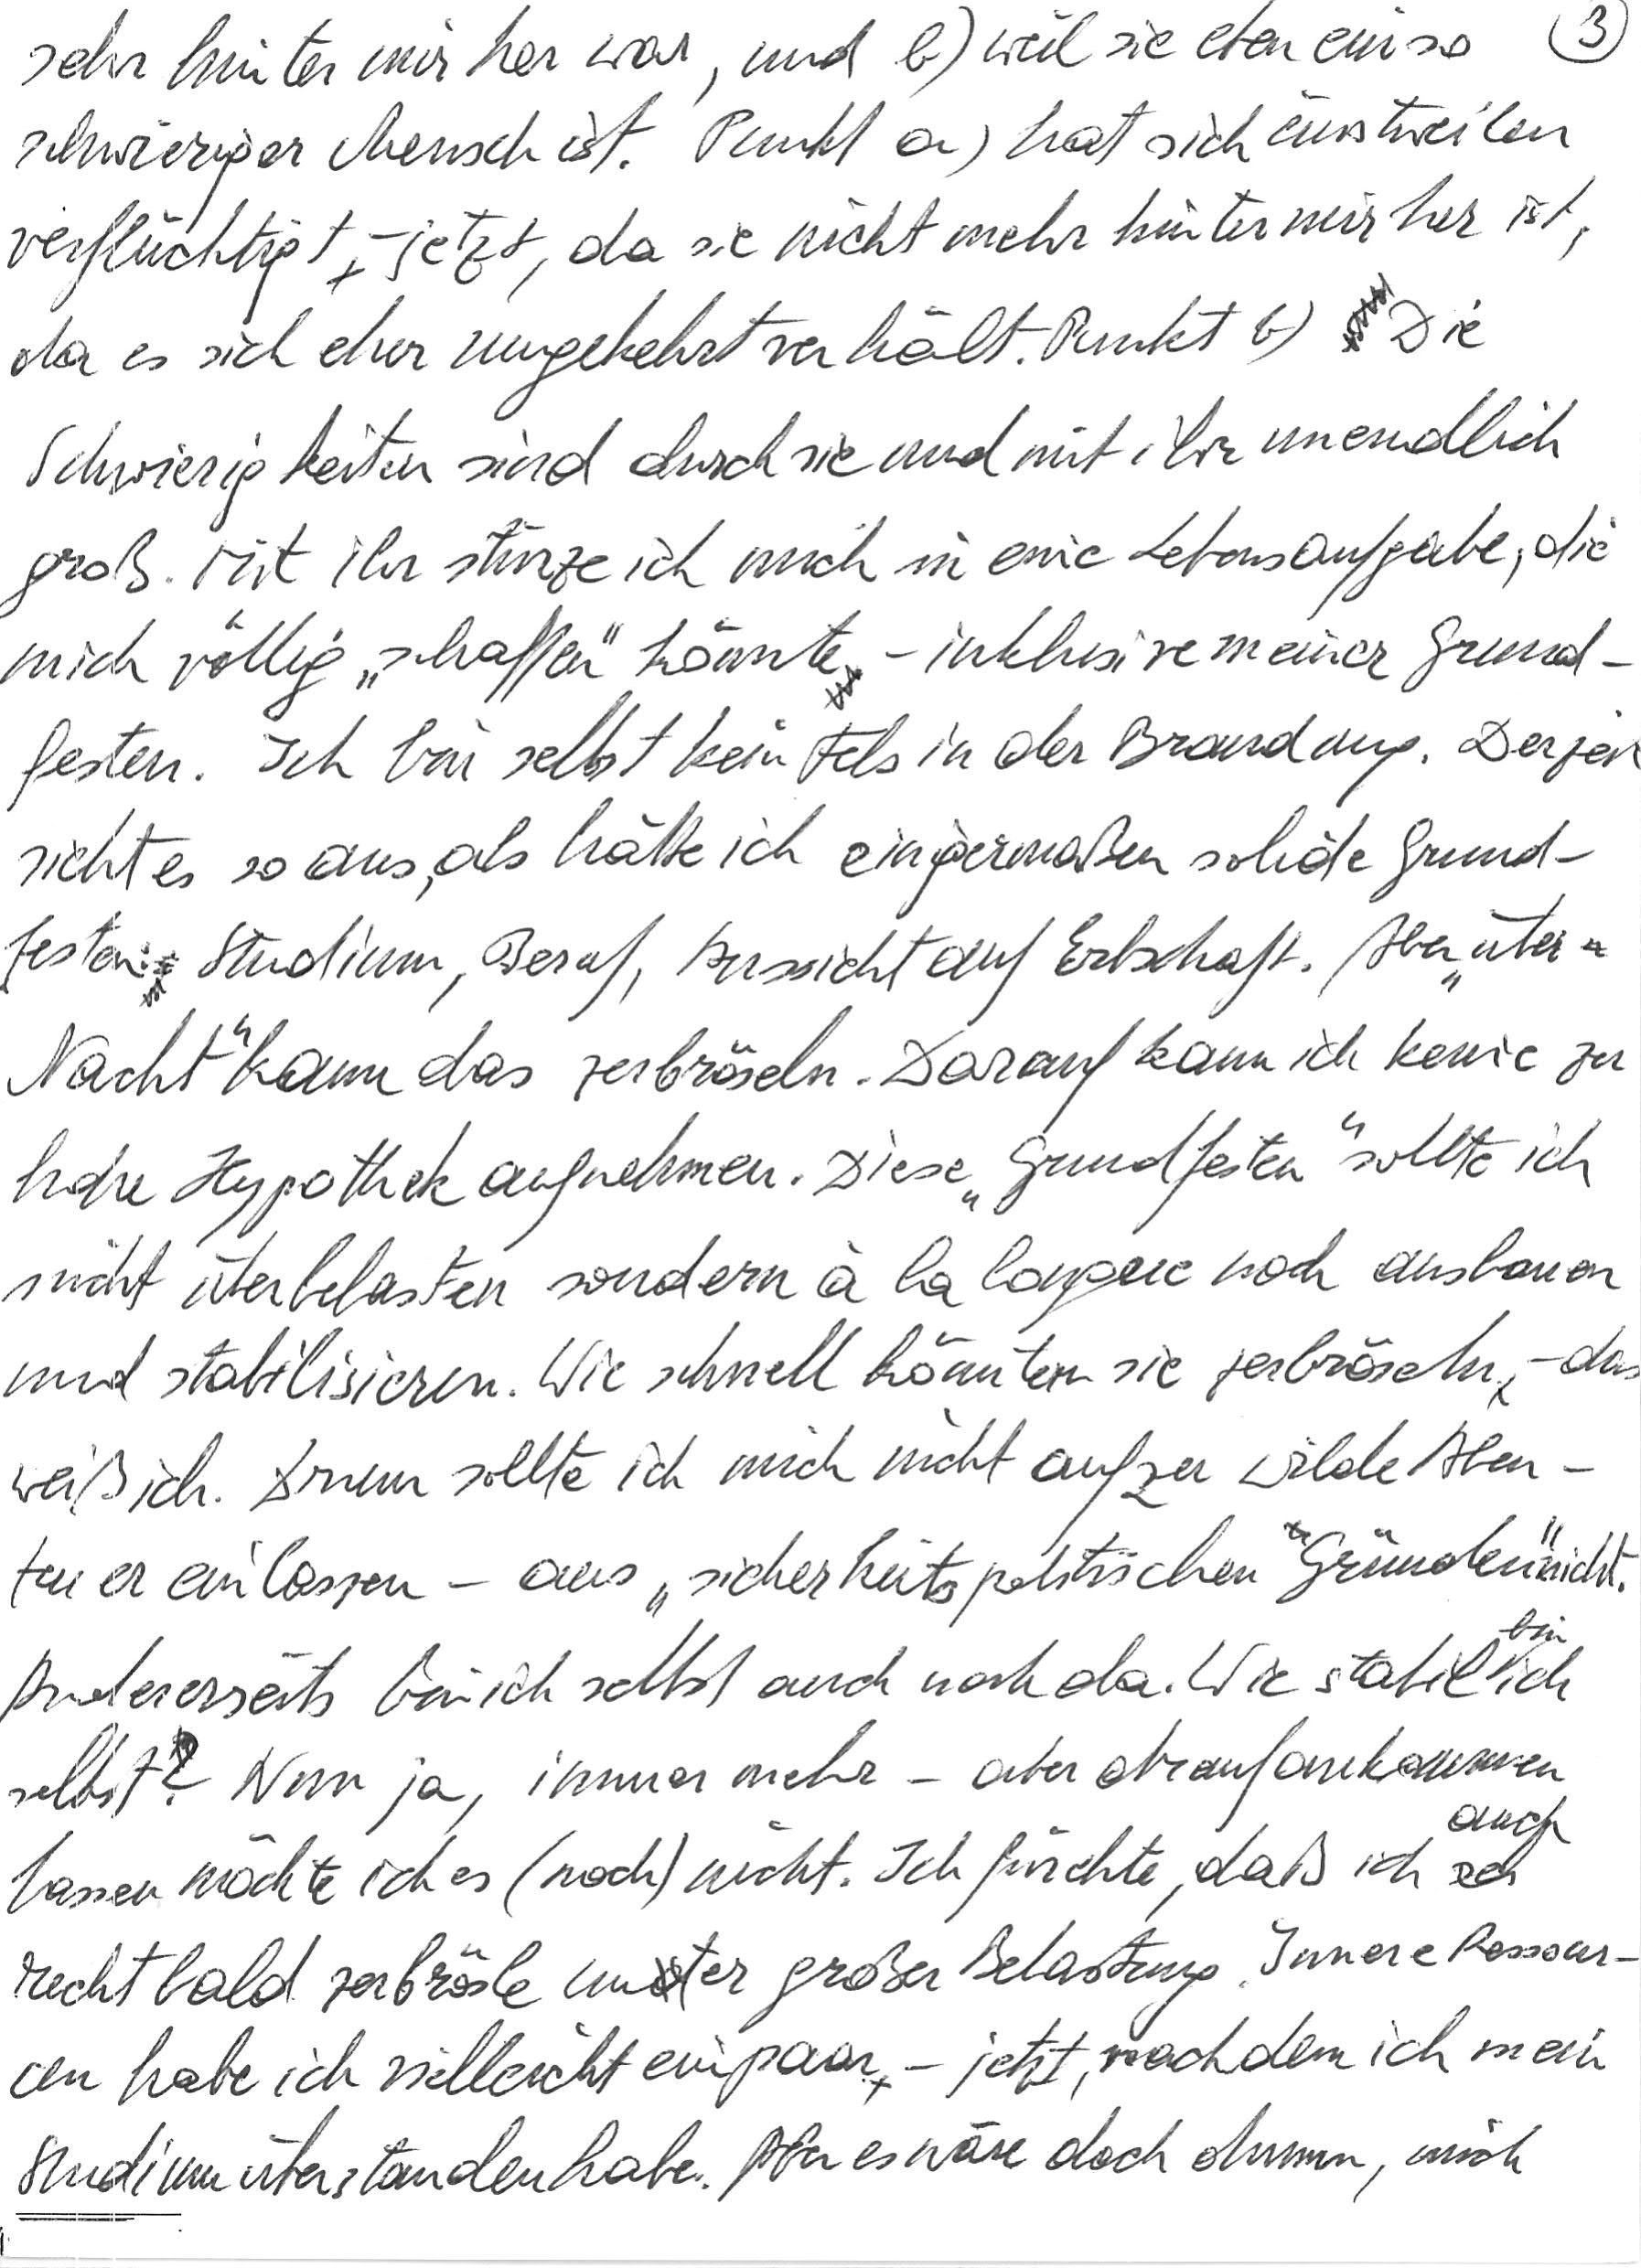
sehr hinter mir her war, und b) weil sie eben ein so
schwieriger Mensch ist. Punkt a) hat sich einstweilen
verflüchtigt – jetzt, da sie nicht mehr hinter mir her ist,
da es sich eher umgekehrt verhält. Punkt b) Die
Schwierigkeiten sind durch sie und mit ihr unendlich
groß. Mit ihr stürze ich mich in eine Lebensaufgabe, die
mich völlig „schaffen“ könnte – inklusive meiner Grund-
festen. Ich bin selbst kein Fels in der Brandung. Derzeit
sieht es so aus, als hätte ich einigermaßen solide Grund-
festen: Studium, Beruf, Aussicht auf Erbschaft. Aber „über
Nacht“ kann das zerbröseln. Darauf kann ich keine zu
hohe Hypothek aufnehmen. Diese „Grundfesten“ sollte ich
nicht überbelasten sondern à la longue noch ausbauen
und stabilisieren. Wie schnell könnten sie zerbröseln – das
weiß ich. Drum sollte ich mich nicht auf zu wilde Aben-
teuer einlassen – aus „sicherheitspolitischen Gründen“ nicht.
Andererseits bin ich selbst auch noch da. Wie stabil bin ich
selbst? Nun ja, immer mehr – aber drauf ankommen
lassen möchte ich es (noch) nicht. Ich fürchte, daß ich auch
recht bald zerbrösle unter großer Belastung. Innere Ressour-
cen habe ich vielleicht ein paar – jetzt, nachdem ich mein
Studium überstanden habe. Aber es wäre doch dumm, mich